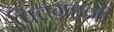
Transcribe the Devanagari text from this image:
पित्तग्रहणी